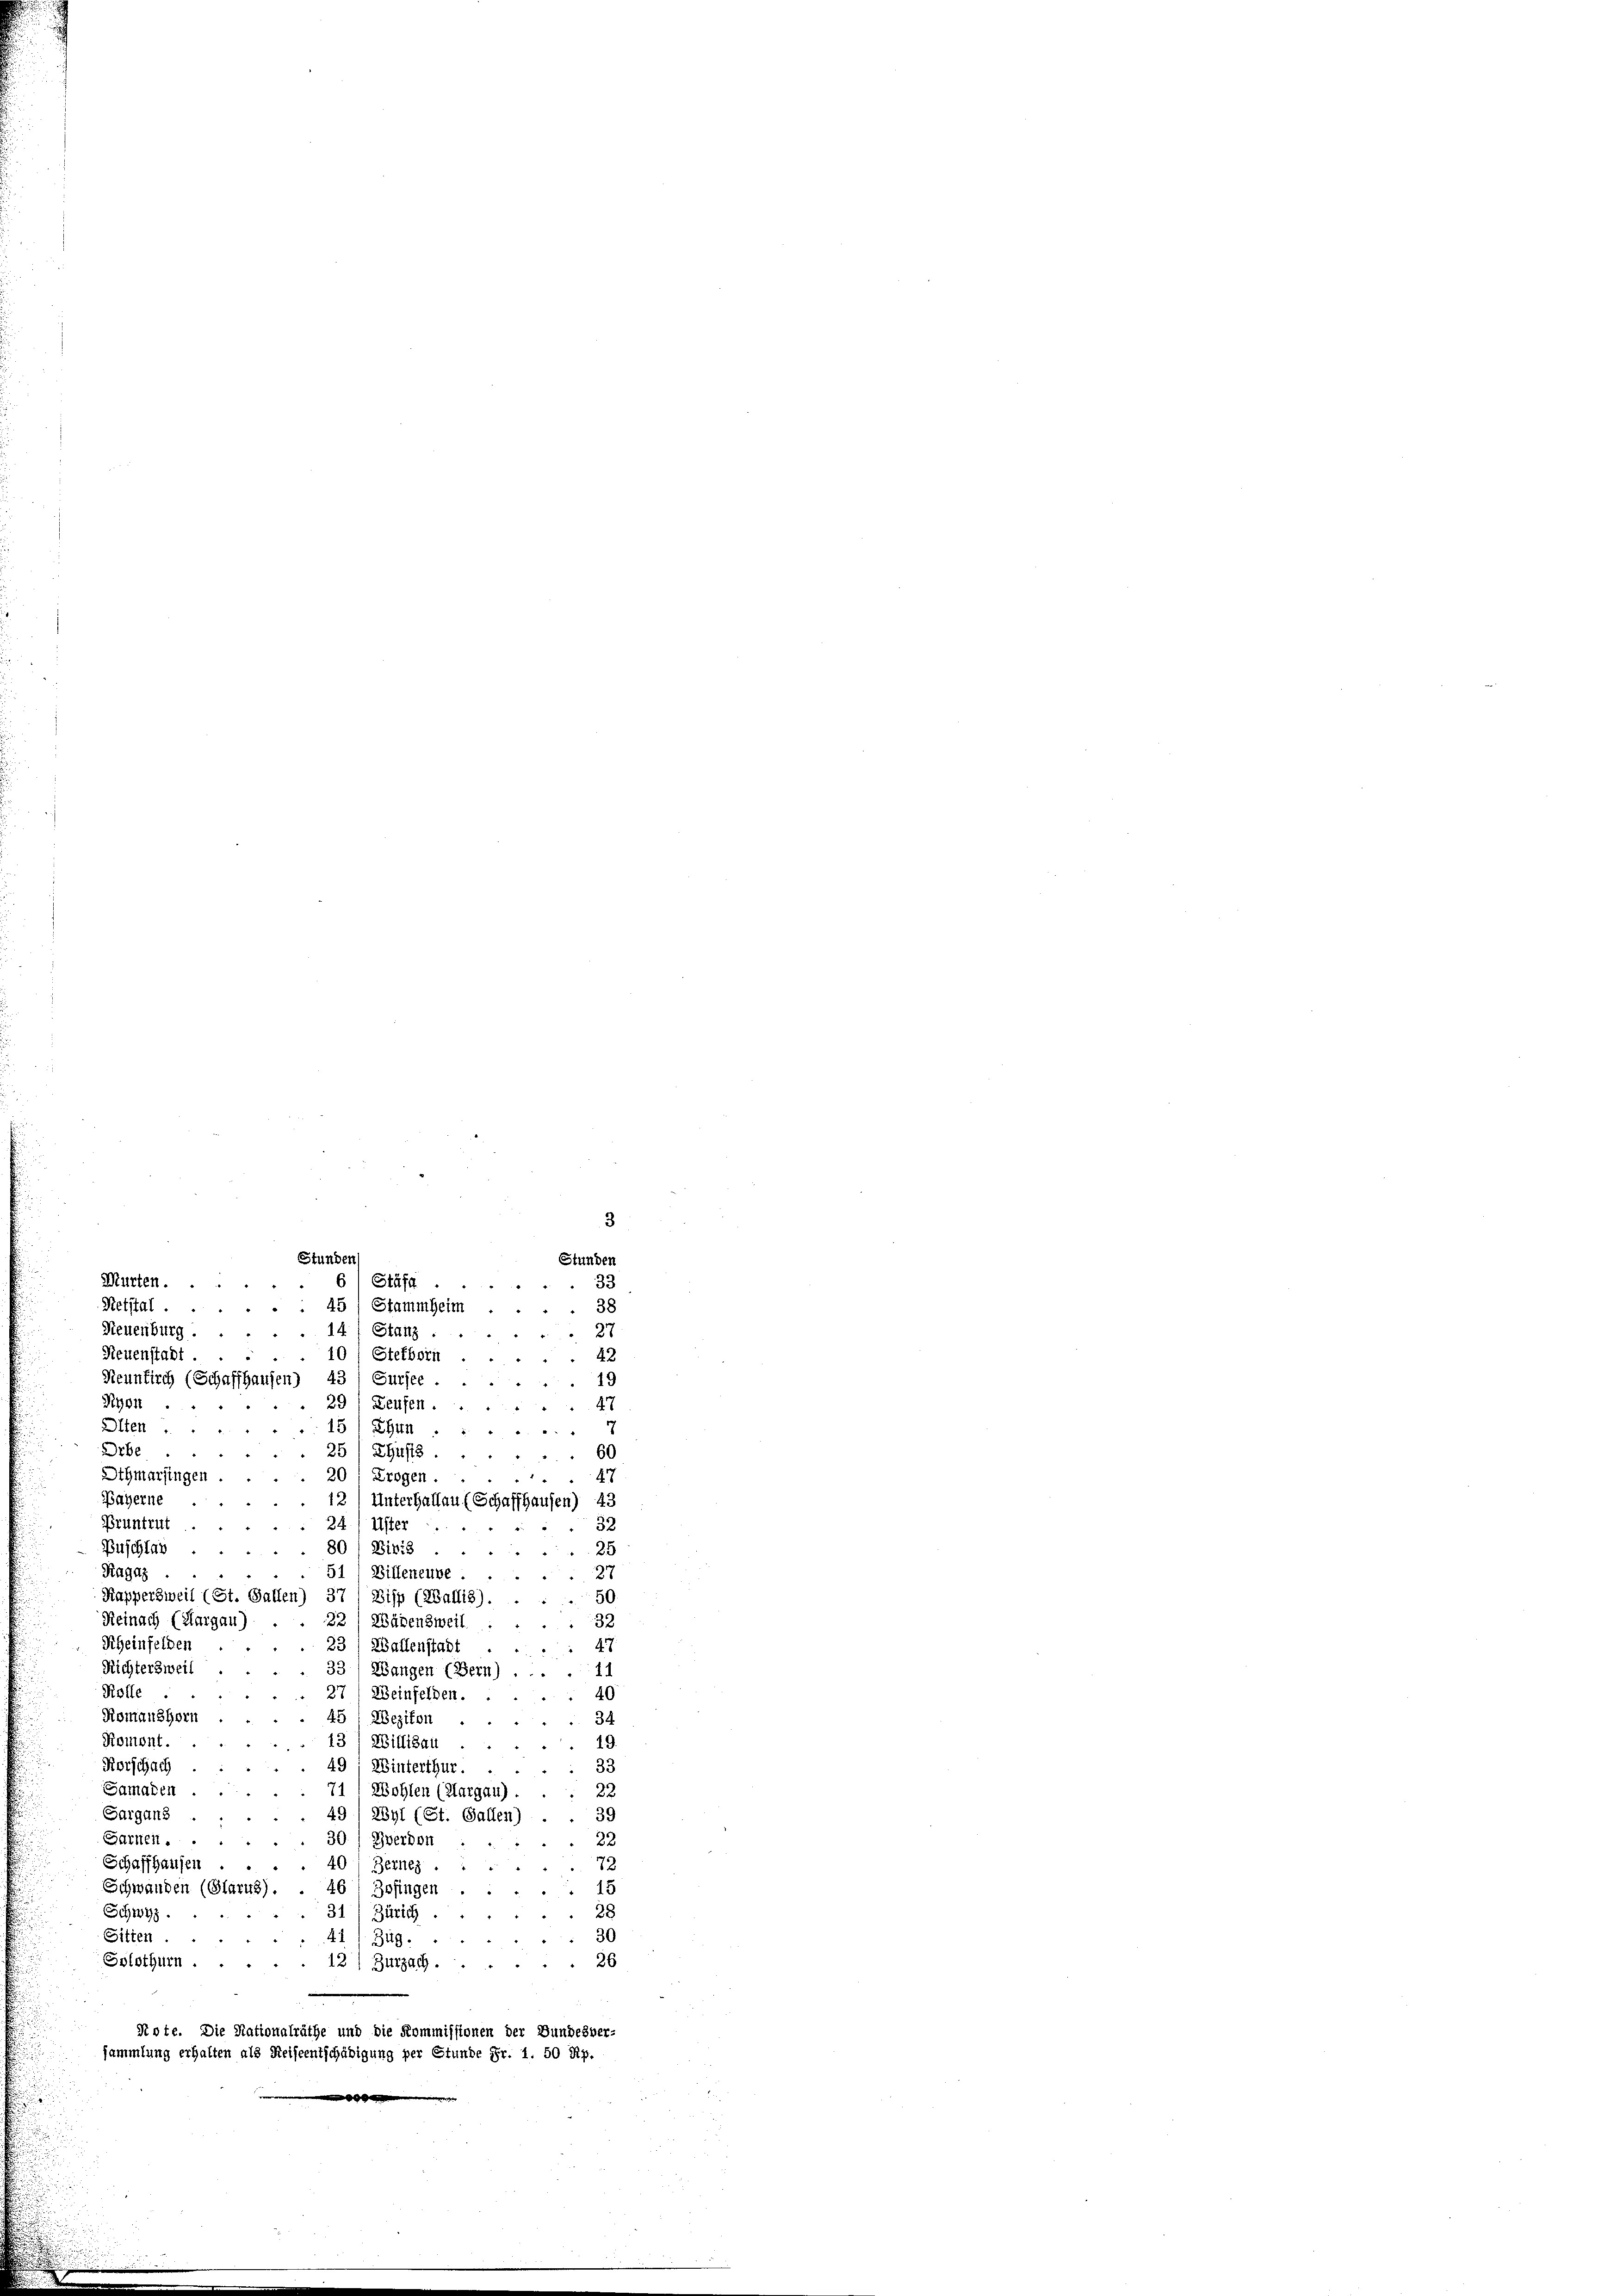
3
Stunden
Stunden
61 Stäfa
33
38
45) Stammheim
"

Murten.
Retstal.
Neuenburg.
14) Stanz
27
Neuenstadt.
10/ Stefborn
42
19
Neunkirch (Schaffhausen) 43 / Sursee
Ryon
47
29 Teufen.
Olten.
7
5) Ein
Orbe.
ZGüsts.
60
Othmarsingen
47
) Trogen.

Bayerne
Unterhallau (Schaffhausen) 43
Pruntrut.
Uster
32
Buschlan
30 / Divis
25
27
Ragaz
51) Villeneube.
.
Kappersweil (St. Gallen) 37) Disp (Wallis).
50.
Reinach (Aargau)
221 Wädensweil.
32
Rheinfelden
47.
3) Wallenstadt
Richtersweil
3) Wangen (Bern)
11
Rolle.
40
Weinfelden.
Romanshorn
ezikon
34
Romont.
19.
Willisau
Rorschach
33
Winterthur.
Samaden
22
Wohlen (Margau).
39
Gargang
2341 (St. Gallen)
Sarnen.
Zverdon
22
Schaffhausen
72
10) Bernez
15
Schwanden (Glarus).
46, Zofingen
Schwyz.
31) Zürich.
28
Sitten.
30
41, Zug.
Solothurn.
12) Zurzach. 26
Note. Die Stationalräthe und die Kommissionen der Bundesber-
sammlung erhalten als Reiseentschädigung per Stunde Fr. 1. 50 Rp.
m